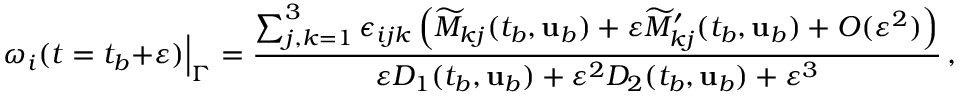
\omega _ { i } ( t = t _ { b } + \varepsilon ) \Big \vert _ { \Gamma } = \frac { \sum _ { j , k = 1 } ^ { 3 } \epsilon _ { i j k } \left( \widetilde { M } _ { k j } ( t _ { b } , { \mathbf { u } } _ { b } ) + \varepsilon \widetilde { M } _ { k j } ^ { \prime } ( t _ { b } , { \mathbf { u } } _ { b } ) + O ( \varepsilon ^ { 2 } ) \right) } { \varepsilon D _ { 1 } ( t _ { b } , { \mathbf { u } } _ { b } ) + \varepsilon ^ { 2 } D _ { 2 } ( t _ { b } , { \mathbf { u } } _ { b } ) + \varepsilon ^ { 3 } } \, , \qquad \varepsilon \equiv t - t _ { b } \to 0